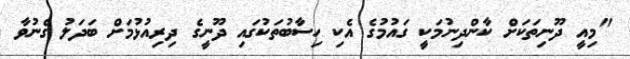
"މިއީ ދޫނިތަކަށް ކާންދިނުމަކީ ގައުމުގެ އެކި ހިސާބުތަކުގައި ދޫނީގެ ދިރިއުޅުމަށް ބަދަލު ގެނުވާ